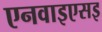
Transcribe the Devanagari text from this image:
एनवाइएसइ